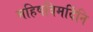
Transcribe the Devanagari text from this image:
महिषविमर्दिनि